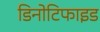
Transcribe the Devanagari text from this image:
डिनोटिफाइड